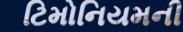
ટિમોનિયમની